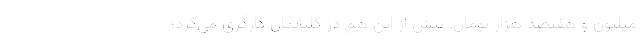
میلیون و هفتصد هزار تومان. پیش از این هم در گلپایگان کارگری می‌کرد؛